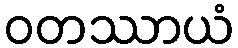
ဝတဿာယံ